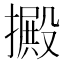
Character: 㩔